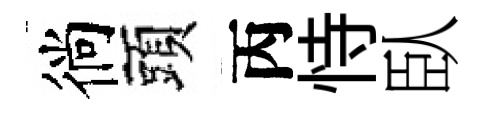
徜頭丙恃臥